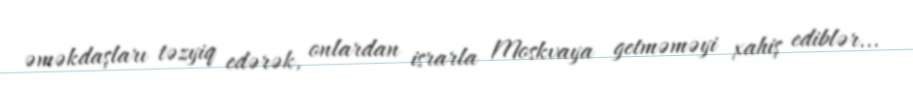
əməkdaşları təzyiq edərək, onlardan israrla Moskvaya getməməyi xahiş ediblər...